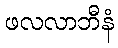
ဖလလာဘီနံ